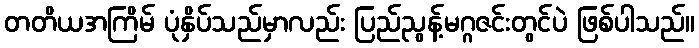
တတိယအကြိမ် ပုံနှိပ်သည်မှာလည်း ပြည်ညွန့်မဂ္ဂဇင်းတွင်ပဲ ဖြစ်ပါသည်။